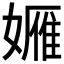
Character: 𱙭